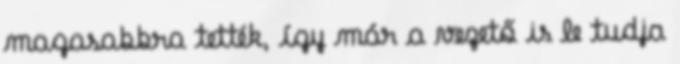
magasabbra tették, így már a vezető is le tudja